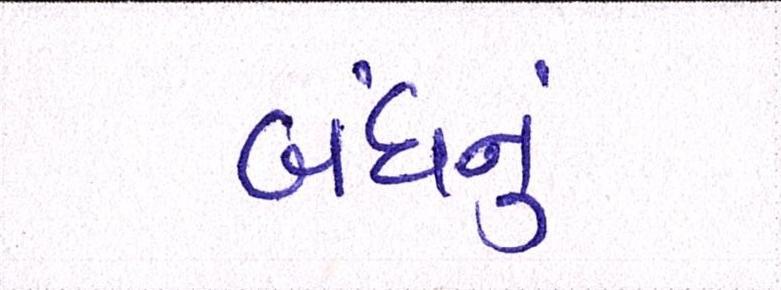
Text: બંધનું